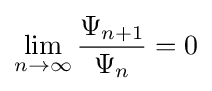
\lim _{n\to \infty }{\frac {\Psi _{n+1}}{\Psi _{n}}}=0